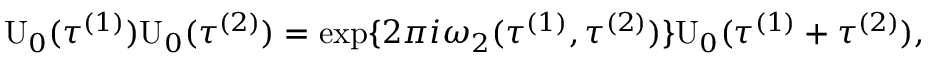
\mathrm { U } _ { 0 } ( { \tau } ^ { ( 1 ) } ) \mathrm { U } _ { 0 } ( { \tau } ^ { ( 2 ) } ) = \exp \{ 2 \pi i { \omega } _ { 2 } ( { \tau } ^ { ( 1 ) } , { \tau } ^ { ( 2 ) } ) \} \mathrm { U } _ { 0 } ( { \tau } ^ { ( 1 ) } + { \tau } ^ { ( 2 ) } ) ,